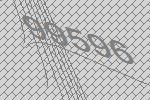
99596